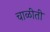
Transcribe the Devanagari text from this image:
चाळीती